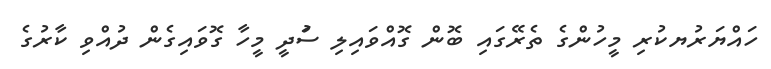
ހައްޔަރުޔކުރި މީހުންގެ ތެރޭގައި ބޮން ގޮއްވައިލި ސަުދީ މީހާ ގޮވައިގެން ދުއްވި ކާރުގެ